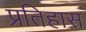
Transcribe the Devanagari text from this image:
प्रतिहास